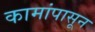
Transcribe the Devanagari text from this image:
कामांपासून